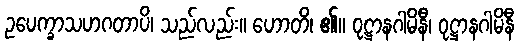
ဥပေက္ခာသဟဂတာပိ၊ သည်လည်း။ ဟောတိ၊ ၏။ ဝုဋ္ဌာနဂါမိနီ၊ ဝုဋ္ဌာနဂါမိနီ